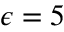
\epsilon = 5